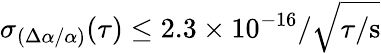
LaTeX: \sigma_{(\Delta\alpha/\alpha)}(\tau)\le 2.3\times 10^{-16}/\sqrt{\tau/\mathrm{s}}